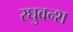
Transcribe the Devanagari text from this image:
रघुवन्श